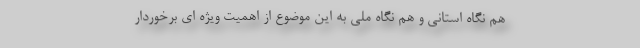
هم نگاه استانی و هم نگاه ملی به این موضوع از اهمیت ویژه ای برخوردار